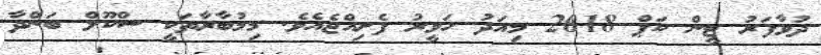
ދުވާފަރު ޓީން ކަޕް 2018 މިއަދު ހަވީރު ފެށިއްޖެއެވެ. މިމުބާރާތަކީ ސްކޫލް ބަންދާ